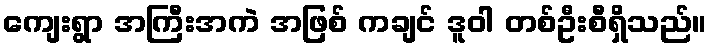
ကျေးရွာ အကြီးအကဲ အဖြစ် ကချင် ဒူဝါ တစ်ဦးစီရှိသည်။